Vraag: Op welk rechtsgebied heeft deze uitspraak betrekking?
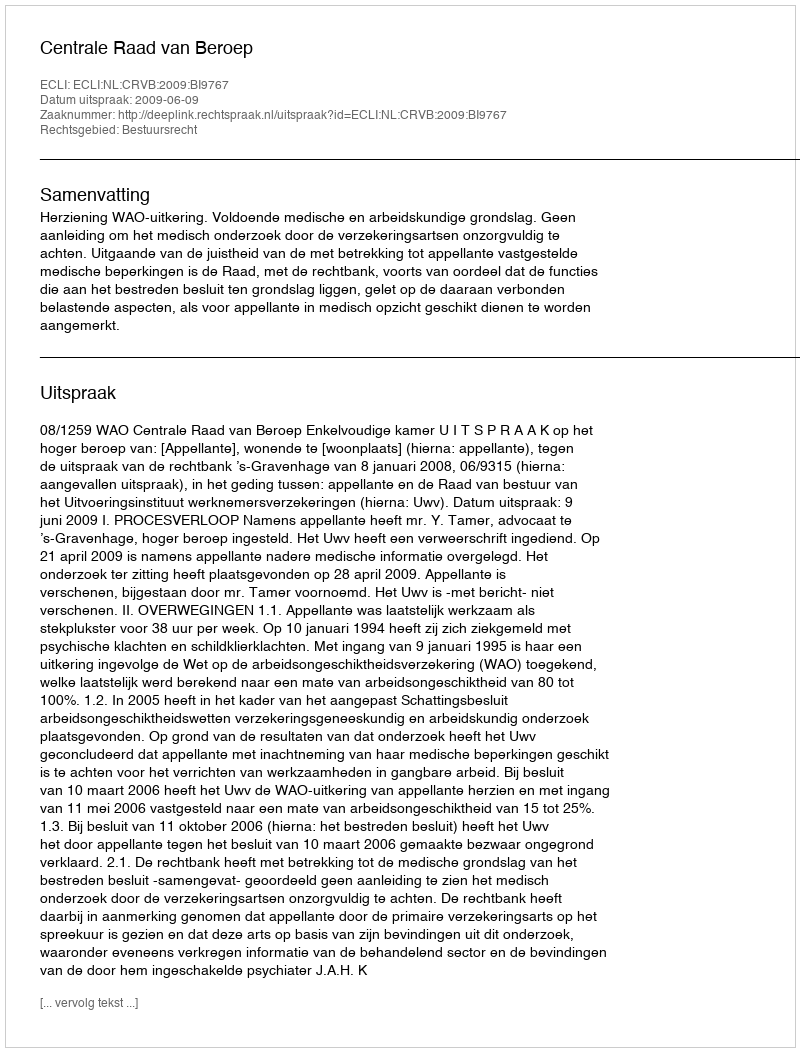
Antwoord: Bestuursrecht